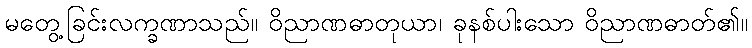
မတွေ့ခြင်းလက္ခဏာသည်။ ဝိညာဏဓာတုယာ၊ ခုနစ်ပါးသော ဝိညာဏဓာတ်၏။